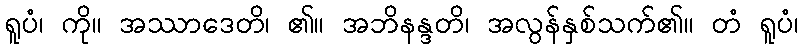
ရူပံ၊ ကို။ အဿာဒေတိ၊ ၏။ အဘိနန္ဒတိ၊ အလွန်နှစ်သက်၏။ တံ ရူပံ၊